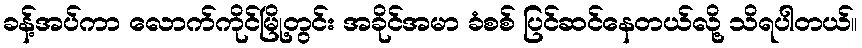
ခန့်အပ်ကာ လောက်ကိုင်မြို့တွင်း အခိုင်အမာ ခံစစ် ပြင်ဆင်နေတယ်လို့ သိရပါတယ်။